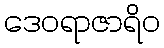
ဒေဝရာဇာရိဝ